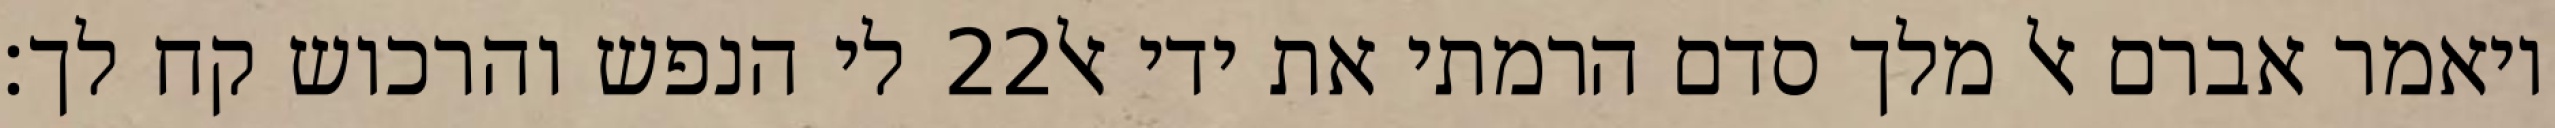
לי הנפש והרכוש קח לך׃ ‎22‏ ויאמר אברם אל מלך סדם הרמתי את ידי אל